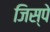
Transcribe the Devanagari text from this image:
जिस्पे